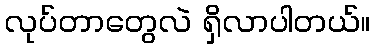
လုပ်တာတွေလဲ ရှိလာပါတယ်။